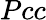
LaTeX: Pcc